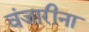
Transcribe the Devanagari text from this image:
वंजारीना